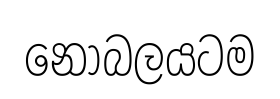
නොබලයටම